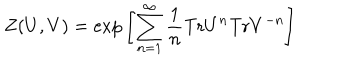
Z ( U , V ) = { \mathrm { e x p } } \left[ \sum _ { n = 1 } ^ { \infty } \frac { 1 } { n } { \mathrm { T r } } U ^ { n } { \mathrm { T r } } V ^ { - n } \right]